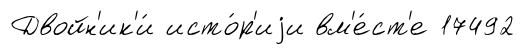
Двойн'ик'и́ исто́р'иjи вм'е́ст'е 17492